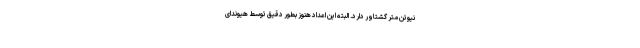
نیوتن متر گشتاور دارد. البته این اعداد هنوز بطور دقیق توسط هیوندای